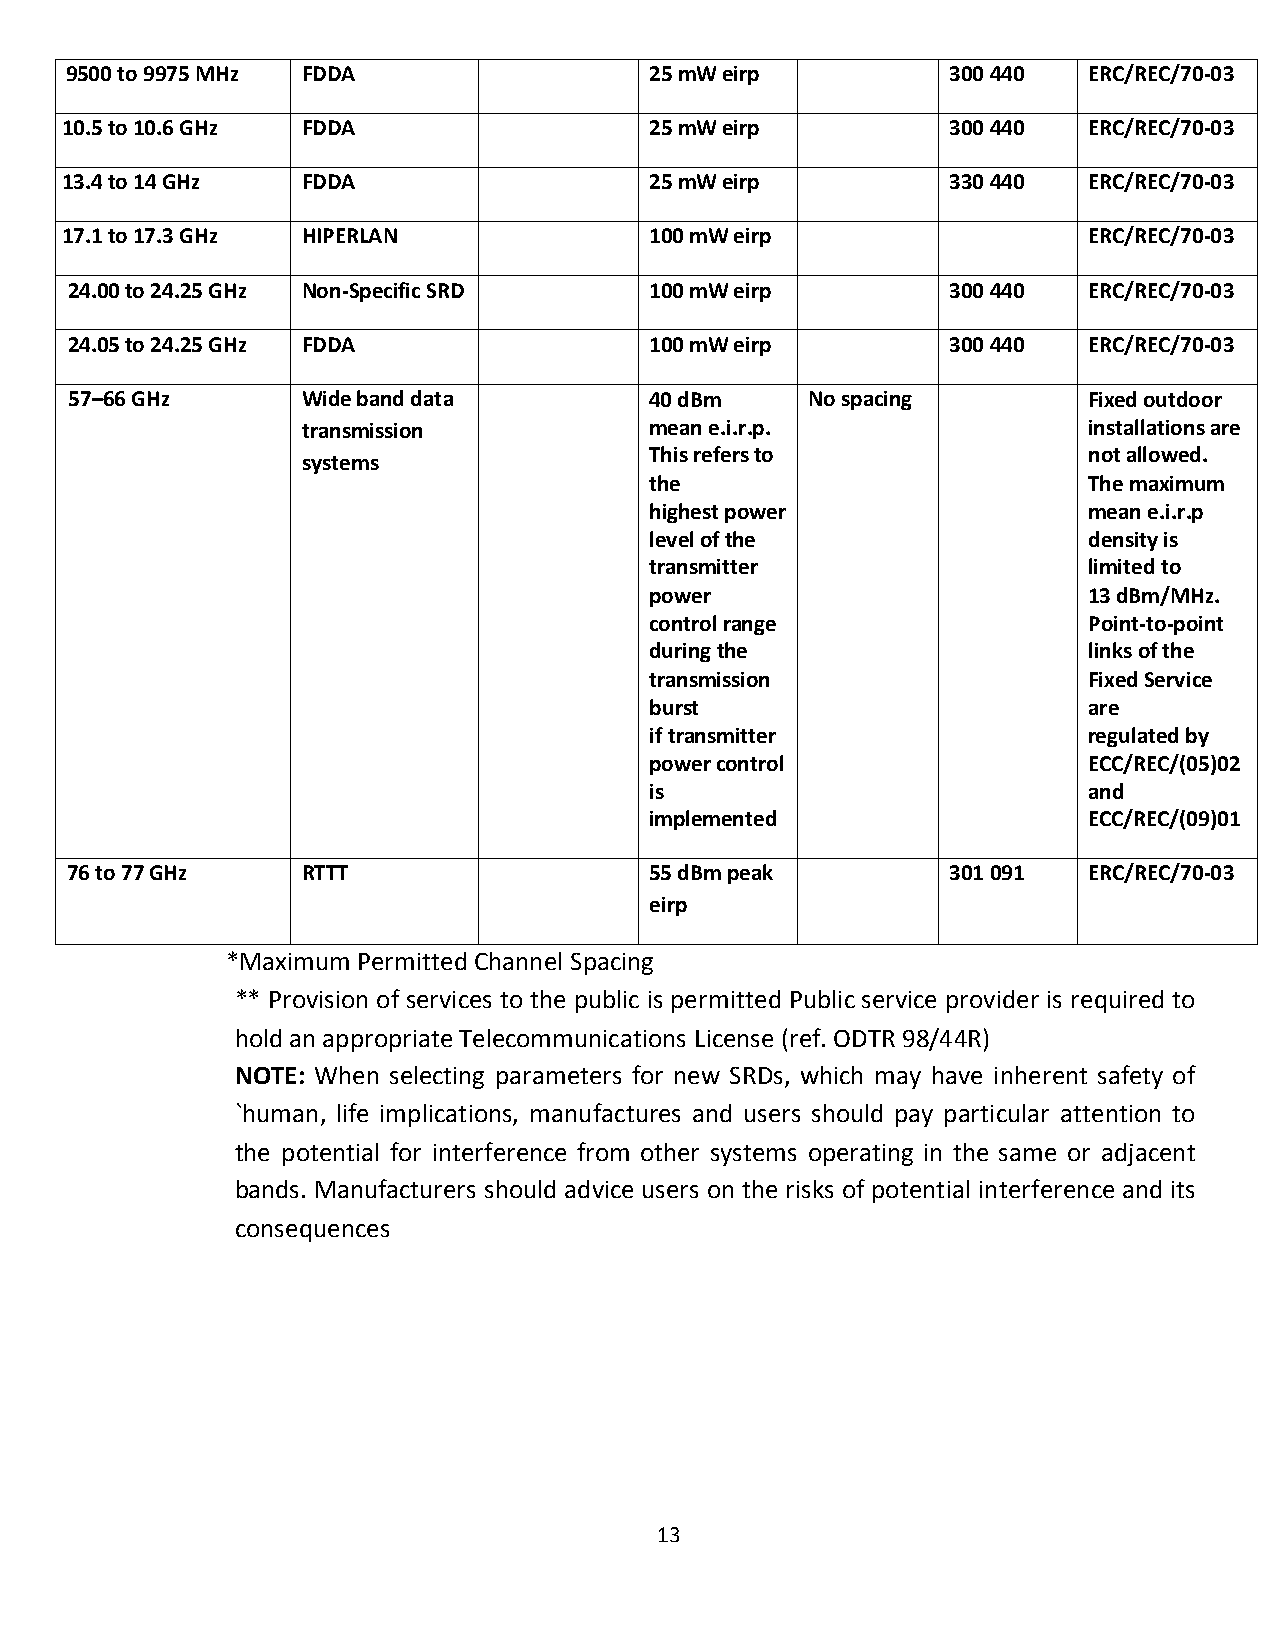
9500 to 9975 MHz FDDA                  25 mW eirp          300 440  ERC/REC/70-03
 10.5 to 10.6 GHz FDDA                  25 mW eirp          300 440  ERC/REC/70-03
 13.4 to 14 GHz  FDDA                   25 mW eirp          330 440  ERC/REC/70-03
 17.1 to 17.3 GHz HIPERLAN              100 mW eirp                  ERC/REC/70-03
 24.00 to 24.25 GHz Non-Specific SRD    100 mW eirp         300 440  ERC/REC/70-03
 24.05 to 24.25 GHz FDDA                100 mW eirp         300 440  ERC/REC/70-03
 57–66 GHz       Wide band data         40 dBm     No spacing        Fixed outdoor
 transmission           mean e.i.r.p.                installations are
 This refers to               not allowed.
 systems
 the                          The maximum
 highest power                mean e.i.r.p
 level of the                 density is
 transmitter                  limited to
 power                        13 dBm/MHz.
 control range                Point-to-point
 during the                   links of the
 transmission                 Fixed Service
 burst                        are
 if transmitter               regulated by
 power control                ECC/REC/(05)02
 is                           and
 implemented                  ECC/REC/(09)01
 76 to 77 GHz    RTTT                   55 dBm peak         301 091  ERC/REC/70-03
 eirp
 *Maximum Permitted Channel Spacing
 ** Provision of services to the public is permitted Public service provider is required to
 hold an appropriate Telecommunications License (ref. ODTR 98/44R)
 NOTE: When selecting parameters for new SRDs, which may have inherent safety of
 `human, life implications, manufactures and users should pay particular attention to
 the potential for interference from other systems operating in the same or adjacent
 bands. Manufacturers should advice users on the risks of potential interference and its
 consequences
 13